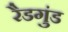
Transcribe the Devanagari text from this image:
रैडगुंड